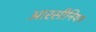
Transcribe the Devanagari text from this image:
आरसीनियन